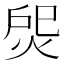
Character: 焈